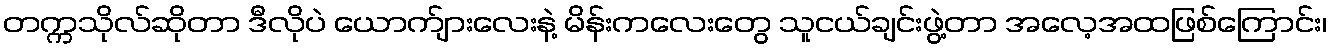
တက္ကသိုလ်ဆိုတာ ဒီလိုပဲ ယောက်ျားလေးနဲ့ မိန်းကလေးတွေ သူငယ်ချင်းဖွဲ့တာ အလေ့အထဖြစ်ကြောင်း၊